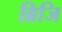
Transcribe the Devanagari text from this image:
ब्रिजि